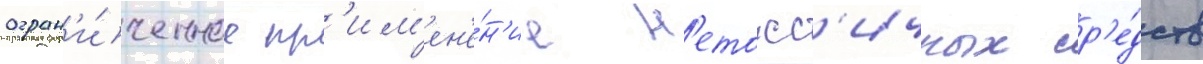
огран'и́ченное пр'им'ен'е́н'ие н'етокс'ичных ср'е́дств